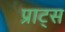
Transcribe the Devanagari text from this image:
प्राट्स